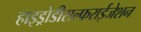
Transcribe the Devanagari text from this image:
हाइड्रोडीसल्फराईजेशन